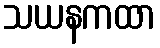
သယနကထာ